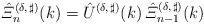
LaTeX: \begin{align*}\hat{\varXi}^{(\delta,\,\sharp)}_n(k) = \hat{U}^{(\delta,\,\sharp)}(k)\,\hat{\varXi}^{(\delta,\,\sharp)}_{n-1}(k) \end{align*}